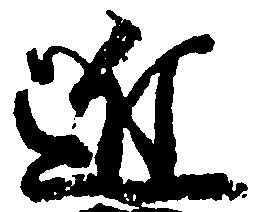
近